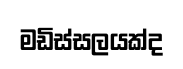
මඩිස්සලයක්ද